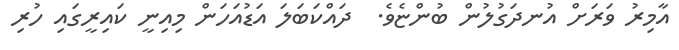
އާމިރު ވަރަށް އުނދަގުލުން ބުންޏެވެ.  ދައްކަބަލަ އަޑުއަހަން މިއިނީ ކައިރީގައި ހުރި